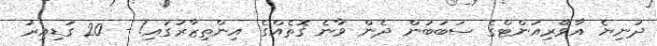
ދުނިޔެ އާވޭރިއަންޓްގެ ސަބަބުން ދެން ވާނެ ގޮތެއްގެ އިންތިޒާރުގައި! - 20 ގަޑިއިރު